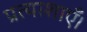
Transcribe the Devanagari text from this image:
प्रत्याशाएँ।